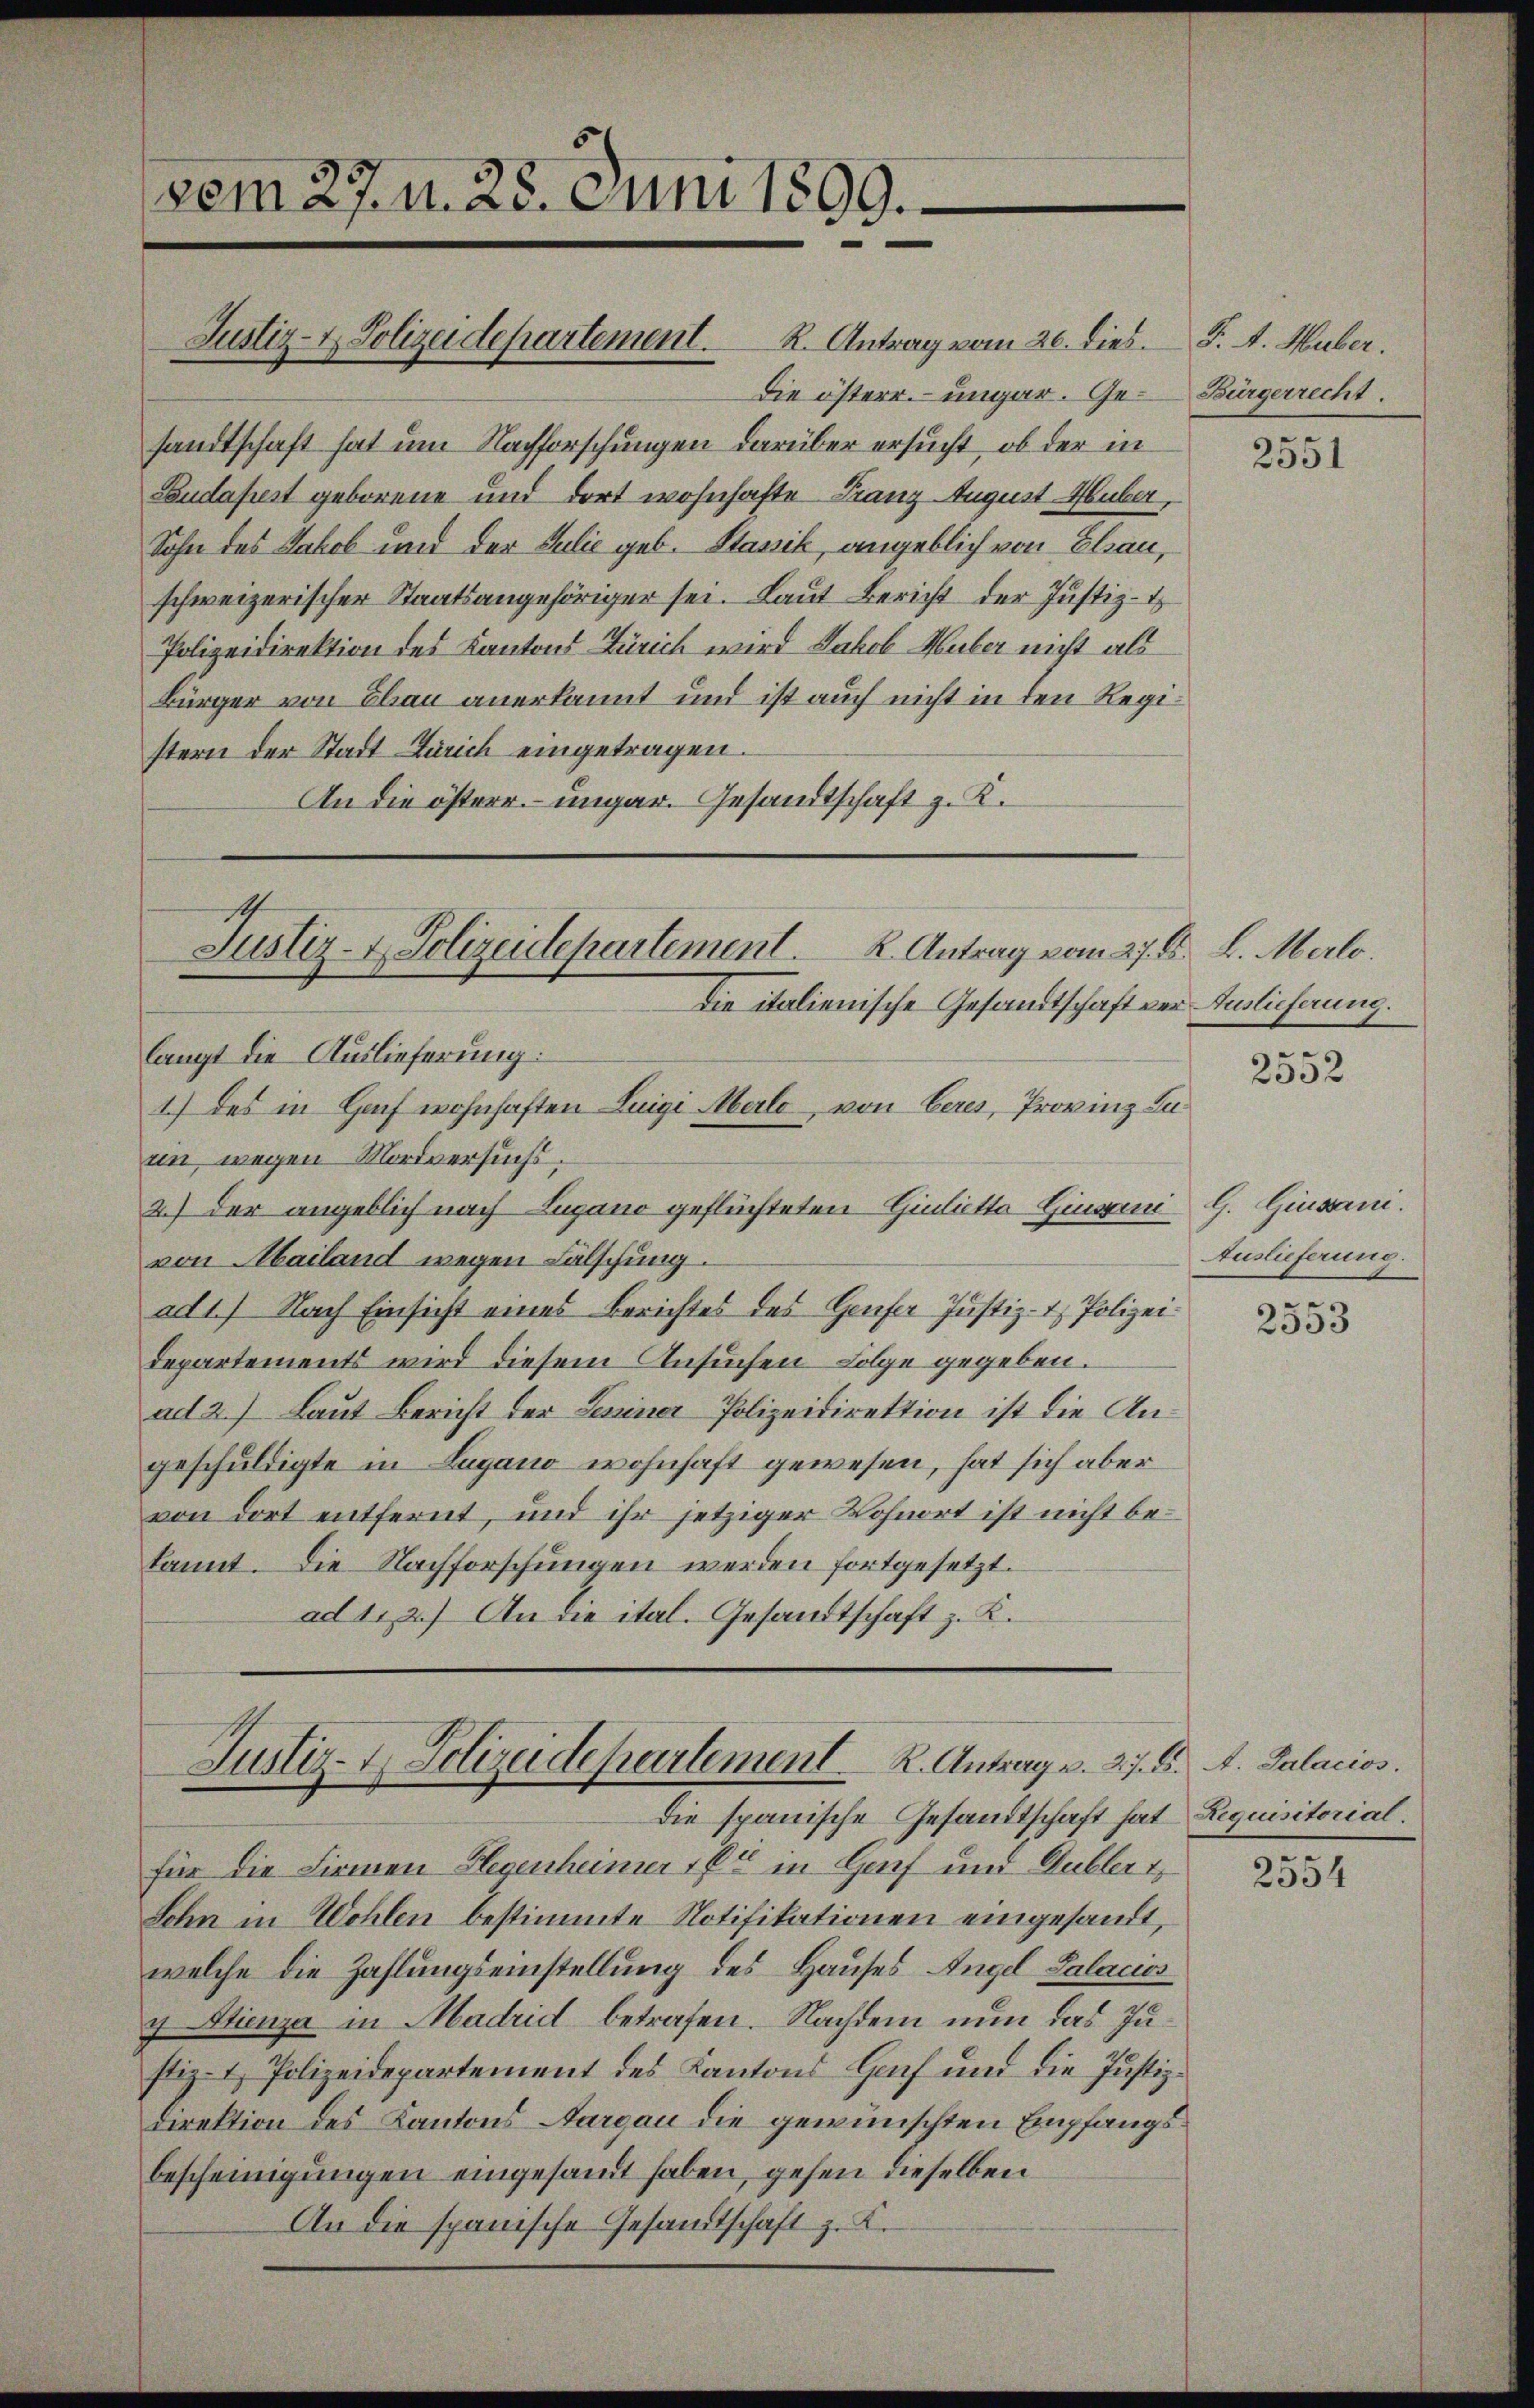
vom 27. n. 28. Juni 1899.

sandtschaft hat um Nachforschungen darüber ersucht, ob der in
Budapest geborene und dort wohnhafte Franz August Huber,
Sohn des Jakob und der Julie geb. Stanik, angeblich von Elau,
schweizerischer Staatsangehöriger sei. Laut Bericht der Justiz-
Polizeidirektion des Kantons Zürich wird Jakob Huber nicht als
Bürger von Bau anerkannt und ist auch nicht in den Registern der Stadt Zürich eingetragen.
An die österr. ungar. Gesandtschaft z. K.

Justiz- & Polizeidepartement. R. Antrag vom 20. dies. F. A. Huber.

Justiz- & Polizeidepartement. K. Antrag vom 27. B. L. Melo.
Die italienische Gesandtschaft vor Auslieferung.

langt die Auslieferung:
rin, wegen Mordversuchs.
2.) Der angeblich nach Lugano geflüchteten Giulietta Gingin G. Ginsani.
von Mailand wegen Fälschung.
ad 1) Nach Einsicht eines Berichtes des Genfer Justiz- & Polizei¬
Departements wird diesem Ansuchen Folge gegeben.
ad 2.) Laut Bericht der Leiner Polizeidirektion ist die Angeschuldigte in Lugano wohnhaft gewesen, hat sich aber
von dort entfernt, und ihr jetziger Wohnort ist nicht bekannt. Die Nachforschungen werden fortgesetzt.
ad 1. 2.) An die ital. Gesandtschaft z. K.

1) des in Haf wohnhaften Luigi Merle von Ceres, Provinz Lu¬

Justiz- & Polizeidepartement. K. Antrag v. 27. d. A. Palacios.

Die österr. – ungar. Ge-Bürgerrecht.

Die spanische Gesandtschaft hat Requisitorial.
für die Firmen Flegenheimer 1 Er in Genf und Gublert,
Sohn in Wohlen bestimmte Notifikationen eingesandt,
welche die Zahlungseinstellung des Hauses Angel Salacios
7 Stienza in Madrid betrafen. Nachdem nun das Justiz- & Polizeidepartement des Kantons Fach und die Justizdirektion des Kantons Aargau die gewünschten Empfangsbescheinigungen eingesandt haben, gehen dieselben
An die spanische Gesandtschaft z. K.

2551

2552

Auslieferung.

2353

2554